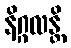
နိဂ္ဂလန္တိ